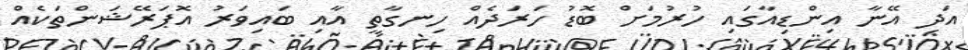
އަދި އޭނާ އިންޑިއާގައި ހުރުމަށް ބޮޑު ހަރަދެއް ހިނގާތީ އާއި ބައިވަރު އޮޕަރޭޝަންތަކެއް